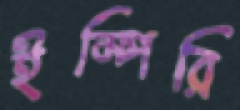
ইম্পিরি